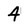
Character: 4